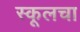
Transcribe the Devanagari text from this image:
स्कूलचा